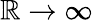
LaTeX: \mathbb{R}\rightarrow\infty